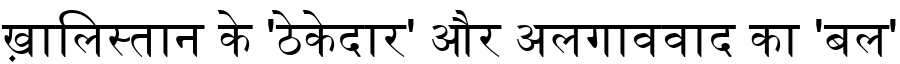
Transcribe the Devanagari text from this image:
ख़ालिस्तान के 'ठेकेदार' और अलगाववाद का 'बल'